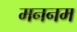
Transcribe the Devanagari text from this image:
मननम